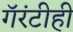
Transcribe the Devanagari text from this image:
गॅरंटीही